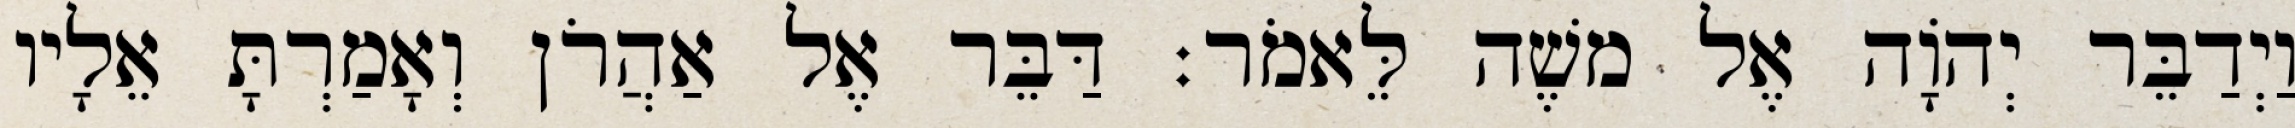
וַיְדַבֵּר יְהוָֹה אֶל משֶׁה לֵּאמֹר׃ דַּבֵּר אֶל אַהֲרֹן וְאָמַרְתָּ אֵלָיו